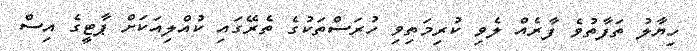
ހިޔާލު ތަފާތުވެ ފާރެއް ލެވި ކުރިމަތިވި ހުރަސްތަކުގެ ތެރޭގައި ކުއްލިއަކަށް ޕާޓީގެ އިސް